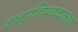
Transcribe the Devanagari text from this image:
राष्ट्रपतिपदकाच्या